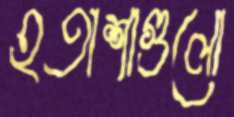
হতাশাগুলো